Medical and sanitary report of the native army of Madras for the year
Year: 1876
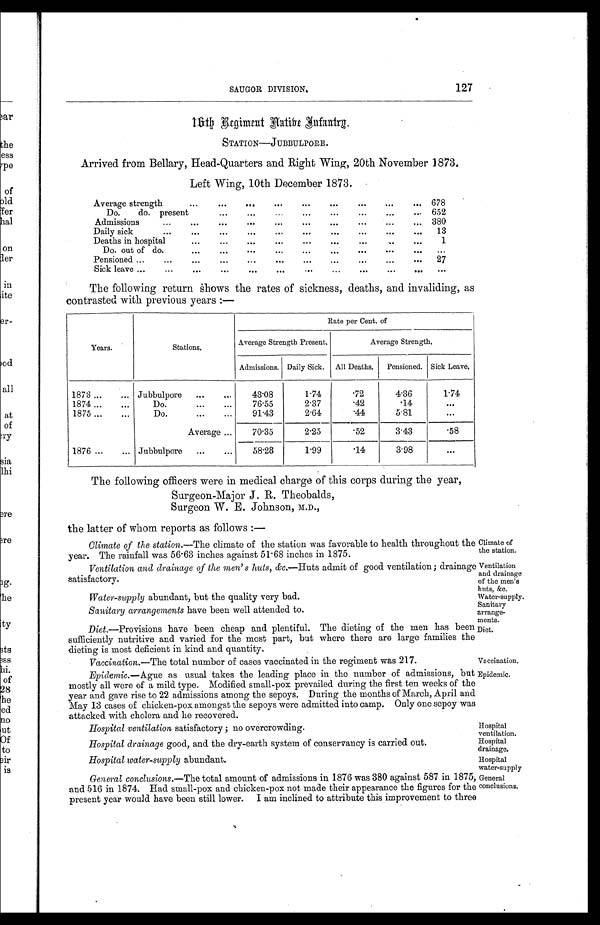
Sanitary
arrange-
ments.
Diet.
Hospital
ventilation.
Hospital
drainage.
Hospital
water-supply.
General
conclusions.
SAUGOR DIVISION.
127
16th Regiment Native Infantry.
STATION—JUBBULPORE.
Arrived from Bellary, Head-Quarters and Right Wing, 20th November 1873.
Left Wing, 10th December 1873.
Average strength
...
...
. . .
...
. . .
. . .
. . .
...
. . .
678
Do.
do. present
...
. . .
...
...
...
...
...
. . .
652
Admissions
...
...
. . .
. . .
...
...
...
...
...
... 380
Daily sick
. . .
. . .
. .
...
...
. . .
...
. . .
. .
...
13
Deaths in hospital...
. . .
. . .
...
. .
...
...
...
...
...
1
Do. out of do.
...
...
...
...
...
. .
. . .
...
. . .
. . .
Pensioned ...
...
...
...
...
..
...
...
. .
. . .
...
27
Sick leave ...
...
. . .
...
...
. .
. . .
...
. . .
...
. . .
...
The following return shows the rates of sickness, deaths, and invaliding, as
contrasted with previous years :—
Years.
Stations.
Rate per Cent. of
Average Strength Present.
Average Strength.
Admissions. Daily Sick. All Deaths. Pensioned. Sick Leave.
1873...
... Jubbulpore
...
. . .
43.08
1.74
.72
4.36
1 . 7 4
1874 ...
. . .
Do.
...
...
76.55
2.37
. 4 2
. 1 4 ...
1875 ...
...
Do.
...
...
91.43
2.64
. 4 4
5.81
...
Average ...
70.35
2.25
. 5 2
3.43
. 5 8
1876 ...
... Jubbulpore
...
...
58.28
1.99
. 1 4
3.98
...
The following officers were in medical charge of this corps during the year,
Surgeon-Major J. R. Theobalds,
Surgeon W. E. Johnson, M.D.,
the latter of whom reports as follows :—
Climate of the station.—The climate of the station was favorable to health throughout the
year. The rainfall was 56.63 inches against 51.68 inches in 1875.
Ventilation and drainage of the men' s huts, &c. —Huts admit of good ventilation; drainage
satisfactory.
Water-supply abundant, but the quality very bad.
Climate of
the station.
Ventilation
and drainage
of the men's
huts, &c..
Water-supply.
Sanitary arrangements have been well attended to.
Diet. —Provisions have been cheap and plentiful. The dieting of the men has been
sufficiently nutritive and varied for the most part, but where there are large families the
dieting is most deficient in kind and quantity.
Vaccination. —The total number of cases vaccinated in the regiment was 217.
Vaccination.
Epidemic.—Ague as usual takes the leading place in the number of admissions, but
mostly all were of a mild type. Modified small-pox prevailed during the first ten weeks of the
year and gave rise to 22 admissions among the sepoys. During the months of March, April and
May 13 cases of chicken-pox amongst the sepoys were admitted into camp. Only one sepoy was
attacked with cholera and he recovered.
Epidemic.
Hospital ventilation satisfactory ; no overcrowding.
Hospital drainage good, and the dry-earth system of conservancy is carried out.
Hospital water-supply abundant.
General conclusions. —The total amount of admissions in 1876 was 380 against 587 in 1875,
and 516 in 1874. Had small-pox and chicken-pox not made their appearance the figures for the
present year would have been still lower. I am inclined to attribute this improvement to three